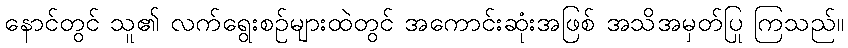
နောင်တွင် သူ၏ လက်ရွေးစဉ်များထဲတွင် အကောင်းဆုံးအဖြစ် အသိအမှတ်ပြု ကြသည်။